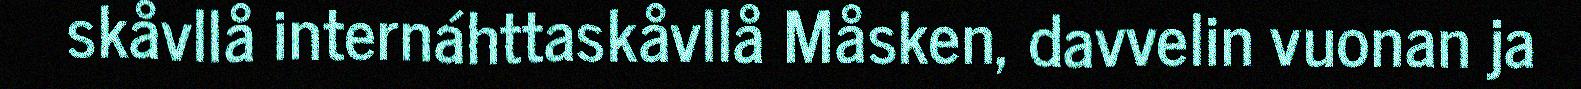
skåvllå internáhttaskåvllå Måsken, davvelin vuonan ja